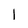
Character: l